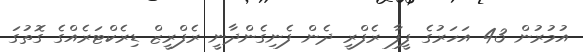
އުމުރުން 43 އަހަރުގެ ފީފާ ރެފްރީ ދެން ފެނިގެންދާނީ ރެފްރީޒް ޑިރެކްޓަރެއްގެ ގޮތުގަ